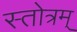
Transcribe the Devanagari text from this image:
स्तोत्रम्